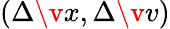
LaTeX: (\Delta\v{x},\Delta\v{v})